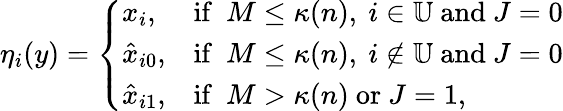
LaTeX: \eta_{i}(y)=\left\{ \begin{array}{ll}{x_{i},}&{\mathrm{if}\ \ M\le\kappa(n),\ i\in\mathbb{U}\mathrm{~and~}J=0}\\ {\hat{x}_{i0},}&{\mathrm{if}\ \ M\le\kappa(n),\ i\notin\mathbb{U}\mathrm{~and~}J=0}\\ {\hat{x}_{i1},}&{\mathrm{if}\ \ M>\kappa(n)\mathrm{~or~}J=1,}\end{array}\right.